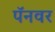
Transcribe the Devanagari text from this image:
पॅनवर